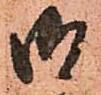
御